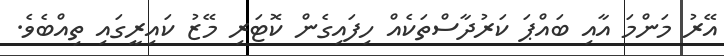
އޭރު މަންމަ އާއި ބައްޕަ ކަރުދާސްތަކެއް ހިފައިގެން ކޮޓަރި މޭޒު ކައިރީގައި ތިއްބެވެ.